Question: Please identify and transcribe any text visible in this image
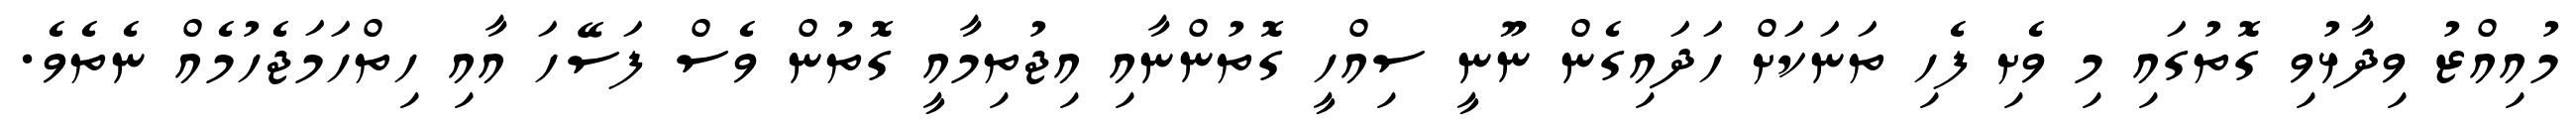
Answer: މުއިއްޒު ވިދާޅުވި ގޮތުގައި މި ވެށި ފެހި ތަނަކަށް ހަދައިގެން ނޫނީ ސިއްހީ ގޮތުންނާއި އިޖުތިމާއީ ގޮތުން ވެސް ފަސޭހަ އާއި ހިތްހަމަޖެހުމެއް ނެތެވެ.